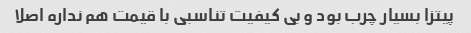
پیتزا بسیار چرب بود و بی کیفیت تناسبی با قیمت هم نداره اصلا